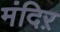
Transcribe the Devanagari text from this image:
मंदिऱ